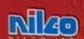
Niko